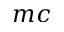
m c